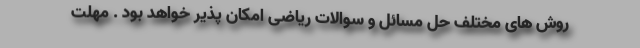
روش های مختلف حل مسائل و سوالات ریاضی امکان پذیر خواهد بود . مهلت